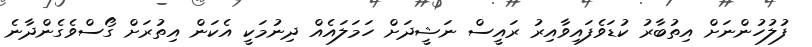
ފުލުހުންނަށް އިތުބާރު ކުޑަވެފައިވާއިރު ރައީސް ނަޝީދަށް ހަމަލައެއް ދިނުމަކީ އެކަން އިތުރަށް ގޯސްވެގެންދާނެ